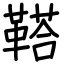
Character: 鞳